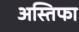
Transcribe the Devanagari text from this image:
अस्तिफा